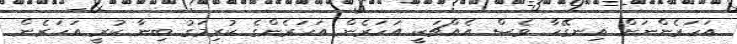
އަހަރެންނަށް އިނގޭހާ ވެސް އެއްޗަކީ އަހަރެން އަހަރެންގެ ކުރިމަގު ބިނާ ކުރީ އަހަރެން